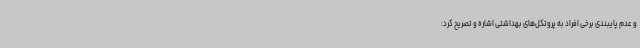
و عدم پایبندی برخی افراد به پروتکل‌های بهداشتی اشاره و تصریح کرد: